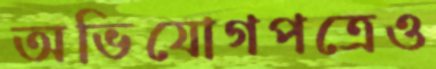
অভিযোগপত্রেও